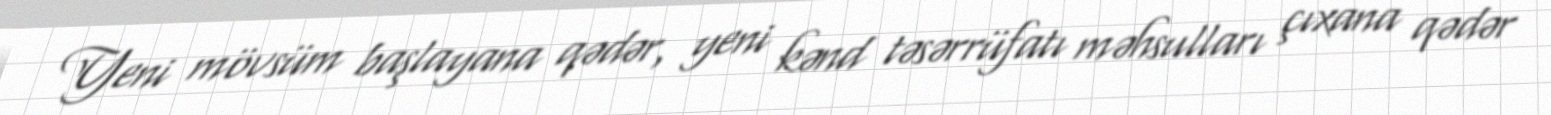
Yeni mövsüm başlayana qədər, yeni kənd təsərrüfatı məhsulları çıxana qədər